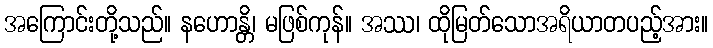
အကြောင်းတို့သည်။ နဟောန္တိ၊ မဖြစ်ကုန်။ အဿ၊ ထိုမြတ်သောအရိယာတပည့်အား။